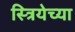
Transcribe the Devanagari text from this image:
स्त्रियेच्या